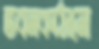
ভবনকাঠামো